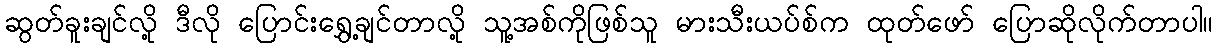
ဆွတ်ခူးချင်လို့ ဒီလို ပြောင်းရွှေ့ချင်တာလို့ သူ့အစ်ကိုဖြစ်သူ မားသီးယပ်စ်က ထုတ်ဖော် ပြောဆိုလိုက်တာပါ။